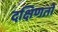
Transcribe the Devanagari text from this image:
दक्षिणतो